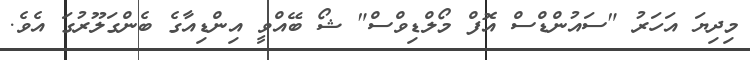
މިދިޔަ އަހަރު "ސައުންޑްސް އޮފް މޯލްޑިވްސް" ޝޯ ބޭއްވީ އިންޑިއާގެ ބެންގަލޫރުގަ އެވެ.